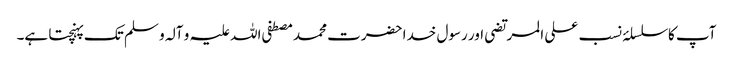
آپ کا سلسلۂ نسب علی المرتضی اور رسول خدا حضرت محمد مصطفی اللہ علیہ و آلہ و سلم تک پہنچتا ہے۔